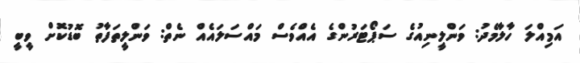
އަމިއްލަ ހާލާމެދު: ވަންލީނިއުގެ ސަޕޯޓަރުންގެ އެއްވެސް މައްސަލައެއް ނެތް: ވަންލީތަފާތު ބޮޑުކޮށް ވީބީ